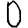
Digit: 0